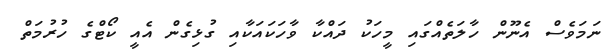
ނަމަވެސް އެނޫން ހާލަތެއްގައި މީހަކު ދައްކާ ވާހަކައަކާއި ގުޅިގެން އެއީ ކޯޓްގެ ހުރުމަތް